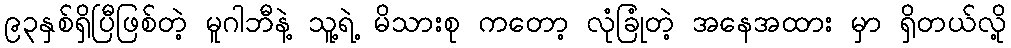
၉၃နှစ်ရှိပြီဖြစ်တဲ့ မူဂါဘီနဲ့ သူ့ရဲ့ မိသားစု ကတော့ လုံခြုံတဲ့ အနေအထား မှာ ရှိတယ်လို့